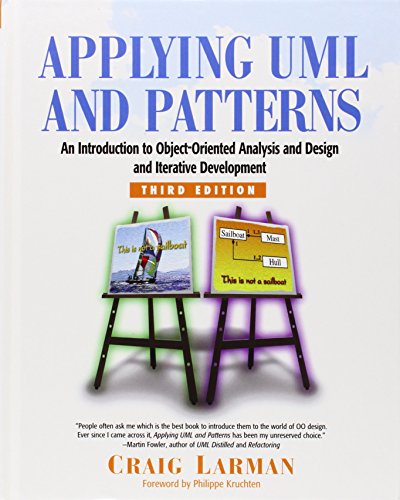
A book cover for Applying UML and Patterns: An Introduction to Object-Oriented Analysis and Design and Iterative Development (3rd Edition); Craig Larman; Computers & Technology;